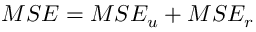
M S E = M S E _ { u } + M S E _ { r }